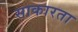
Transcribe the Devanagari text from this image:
साकारता